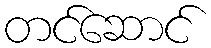
တင်ဆောင်